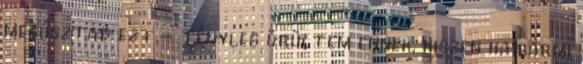
megúsztad ezt - tényleg örültem ennek, hiszen ha bármi